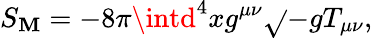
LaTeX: S_{\mathbf{M}}=-8\pi\intd^{4}xg^{\mu\nu}\sqrt{}{{-g}}T_{\mu\nu},